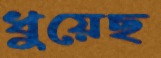
ধুয়েছ